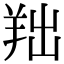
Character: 𦍦